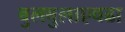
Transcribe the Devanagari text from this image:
बुलबुलाएवढा